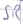
Text: SR